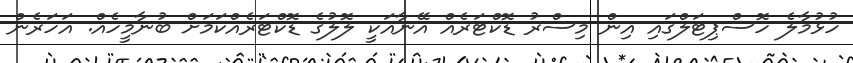
ހުޅުމާލެ ހޮސްޕިޓަލްގައި އިން މިސްރު ޑޮކްޓަރެއް އޭނާއަކީ ލޮލުގެ ޑޮކްޓަރެއްކަމަށް ބުނާމީހެއް. އަހަރެން